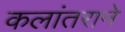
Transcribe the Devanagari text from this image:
कलांतराने